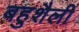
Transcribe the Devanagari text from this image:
बहुशैली